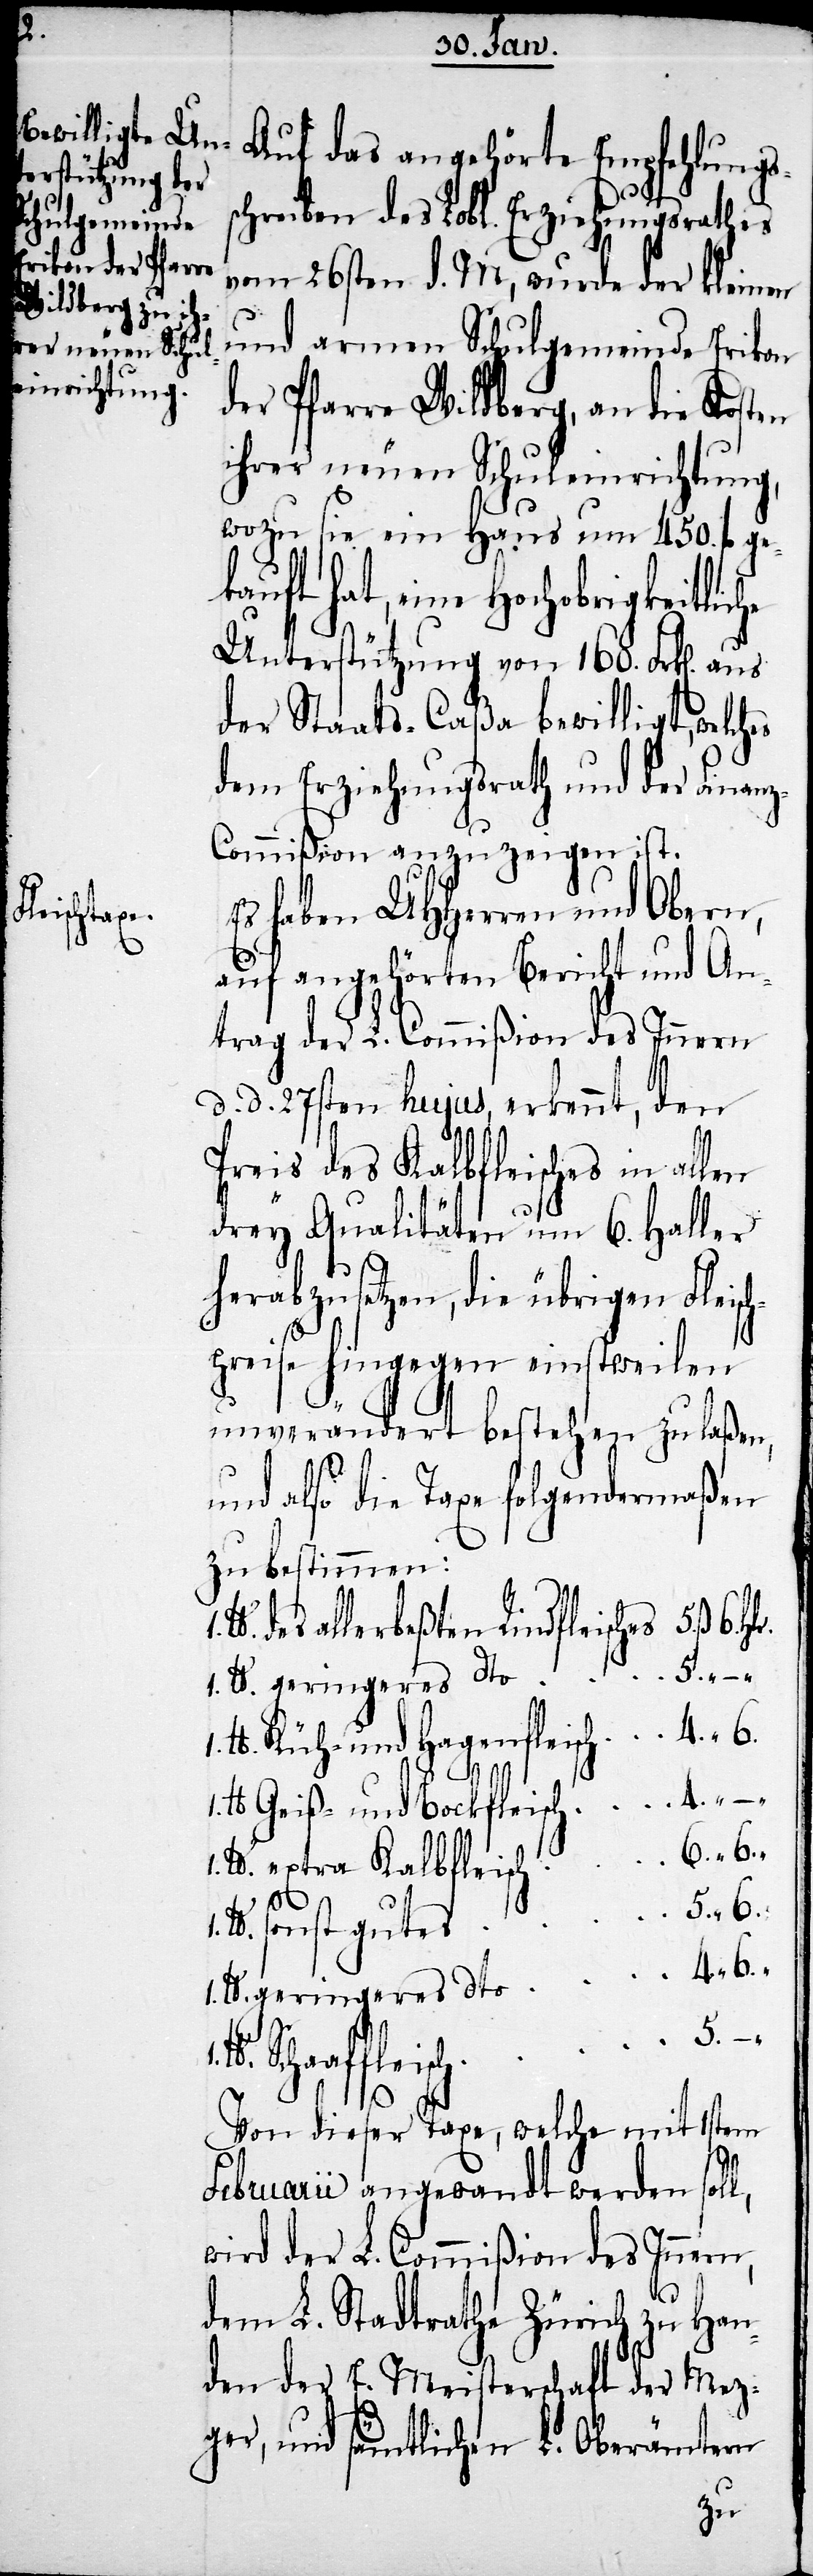
lb.

Auf das angehörte Empfehlungs¬
schreiben des Lobl. Erziehungsrathes
vom 26sten d. M, wurde der kleinen
und armen Schulgemeinde Erikon
der Pfarre Wildberg, an die Kosten
ihrer neuen Schuleinrichtung,
wozu sie ein Haus um 450. fl. ge¬
kauft hat, eine Hochobrigkeitlic¬
Unterstützung von 160. Frk[en].
der Staats-Caßa bewilligt, welches
dem Erziehungsrath und der Finan¬
z-Commißion anzuzeigen ist.
Es haben UHHerren und Obern,
auf angehörten Bericht und An¬
trag der L. Commißion des Innern
d. d. 27sten hujus, erkennt, den
Preis des Kalbfleisches in allen
drey Qualitäten um 6. Heller
herabzusetzen, die übrigen Fleisch¬
preise hingegen einstweilen
unverändert bestehen zu laßen,
und also die Taxe folgendermaßen
zu bestimmen:
lb. des allerbeßten Rindfleisches		5.ß
1. lb. geringeres dto				4.
lb. Küh-und Hagenfleisch			4.
lb. Geiß- und Bockfleisch			4. " –
lb. extra Kalbfleisch
Von dieser Taxe, welche mit 1stem
Februarii angewandt werden soll,
wird der L. Commißion des Innern,
dem L. Stadtrathe Zürich zu Han¬
den der E. Meisterschaft der Mez¬
ger, und sämtlichen L. Oberämtern